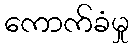
ကောက်ခံမှု